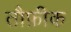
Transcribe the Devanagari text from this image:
तौफ़ीक